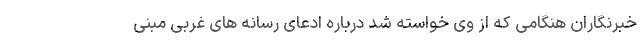
خبرنگاران هنگامی که از وی خواسته شد درباره ادعای رسانه های غربی مبنی